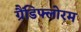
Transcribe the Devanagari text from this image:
ग्रैंडिफ्लोरम